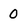
Character: 0